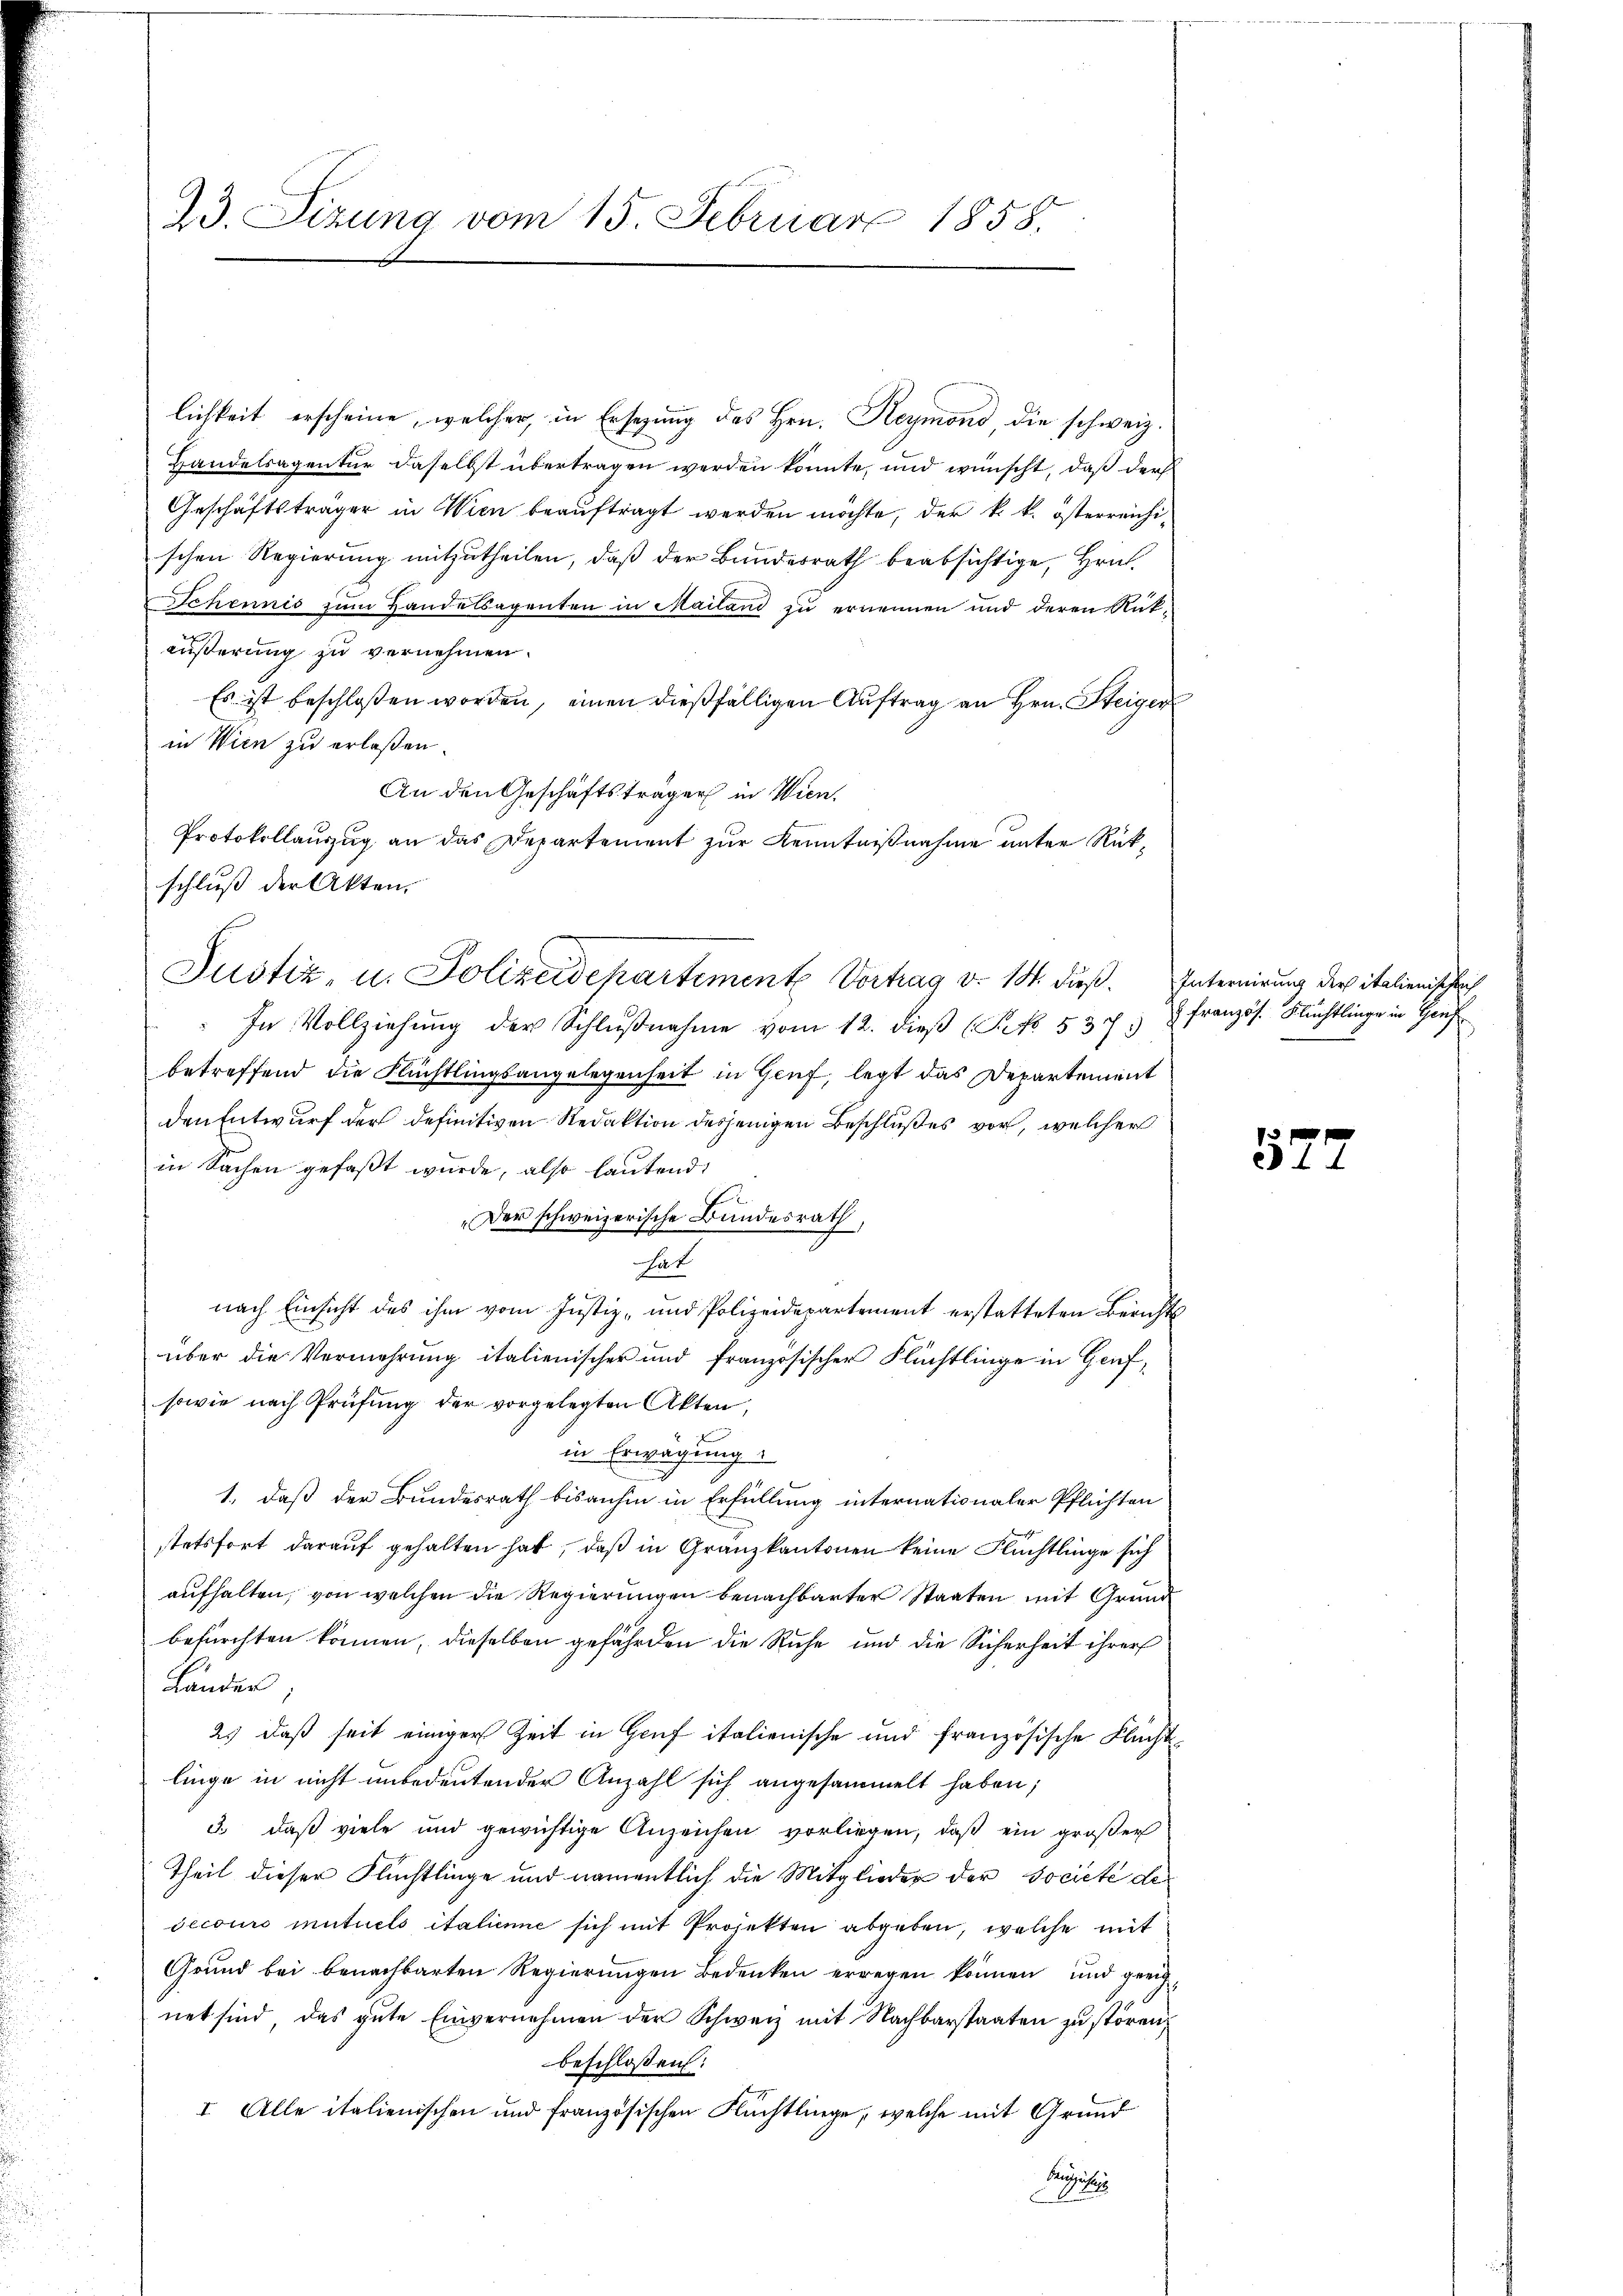
23. Sizung vom 15. Februar 1858.

lichkeit erscheine, welcher, in Ersezung des Hrn. Heymond, die schweiz.
Handelsagentur daselbst übertragen werden könnte, und wünscht, daß der
Geschäftsträger in Wien beauftragt werden möchte, der k. k. österreichischen Regierung mitzutheilen, daß der Bundesrath beabsichtige, Hrn.
Schennis zum Handelsagenten in Mailand zu ernennen und deren Rükäußerung zu vernehmen.
Es ist beschloßen worden, einen dießfälligen Auftrag an Hrn. Steiger
in Wien zu erlaßen.
An den Geschäftsträger in Wien.
Protokollauszug an das Departement zur Kenntnißnahme unter Rückschluß der Akten.
In Vollziehung der Schlußnahme vom 12. dieß (Pro. 5373
betreffend die Flüchtlingsangelegenheit in Genf, legt das Departement
den Entwurf der definitiven Redaktion desjenigen Beschlußes vor, welcher
in Sachen gefaßt wurde, also lautend
„Der schweizerische Bundesrath,
hat
nach Einsicht des ihm vom Justiz- und Polizeidepartement erstatteten Berichts
über die Vermehrung italienischer und französischer Flüchtlinge in Genf,
sowie nach Prüfung der vorgelegten Akten,
in Erwägung.
e
1., daß der Bundesrath bisanhin in Erfüllung internationaler Pflichten
stetsfort darauf gehalten hat, daß in Gränzkantonen keine Flüchtlinge sich
aufhalten, von welchen die Regierungen benachbarter Staaten mit Grund
befürchten können, dieselben gefährden die Ruhe und die Sicherheit ihrer
Lander
2.) Daß seit einiger Zeit in Genf italienische und französische Flücht
linge in nicht unbedeutender Anzahl sich angesammelt haben;
3. daß viele und gewichtige Anzeichen vorliegen, daß ein großer
Theil dieser Flüchtlinge und namentlich die Mitglieder der Societe de
secours mutuels italienne sich mit Projekten abgeben, welche mit
Grund bei benachbarten Regierungen Bedenken erregen können, und geeignet sind, das gute Einvernehmen der Schweiz mit Nachbarstaaten zu stören,
beschloßen:
I. Alle italienischen und französischen Flüchtlinge, welche mit Grund
Egisher

Justiz- u. Polizeidchartement Vortrag d. 14. dieß. Internirung der italienischleich

französ. Flüchtlinge in Genf

577